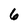
Character: 6